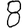
Digit: 8